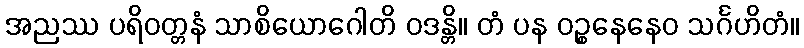
အညဿ ပရိဝတ္တနံ သာစိယောဂေါတိ ဝဒန္တိ။ တံ ပန ဝဉ္စနေနေဝ သင်္ဂဟိတံ။